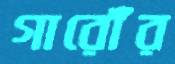
গারোঁর